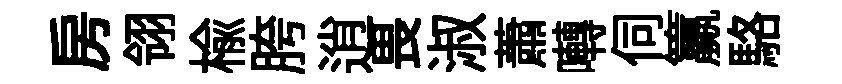
房翎榆胯逍畏淑蕭囀伺籯駱